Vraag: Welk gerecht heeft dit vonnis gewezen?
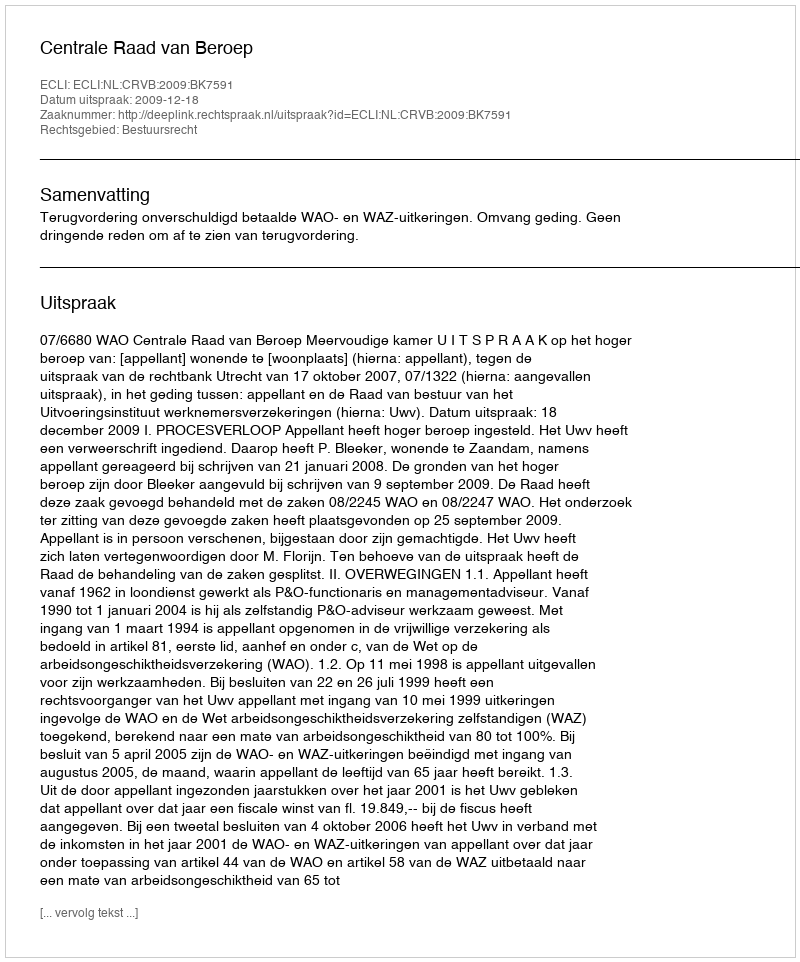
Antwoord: Centrale Raad van Beroep